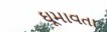
ઘૂમાવતા